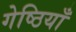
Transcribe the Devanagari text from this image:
गेष्ठियाँ